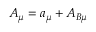
A _ { \mu } = a _ { \mu } + A _ { B \mu }